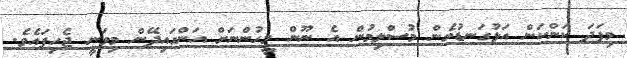
މިފަދަ ކަންކަން އަޅުގަނޑުމެން މުސްލިމުން އެ ނޫން މީހުންނަށް އަންގައިދޭން މިވަނީ ޖެހިފައެވެ.